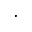
\cdot